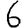
Digit: 6